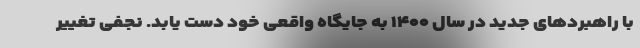
با راهبردهای جدید در سال ۱۴۰۰ به جایگاه واقعی خود دست یابد. نجفی تغییر